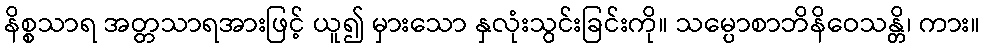
နိစ္စသာရ အတ္တသာရအားဖြင့် ယူ၍ မှားသော နှလုံးသွင်းခြင်းကို။ သမ္ပောစာဘိနိဝေသန္တိ၊ ကား။